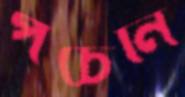
পচেনি